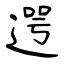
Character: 遌